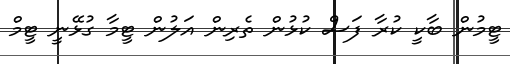
ޓީމުން ބާކީ ކުރާ ފަސް ކުޅުން ތެރިން އަލުން ޓީމާ ގުޅޭނީ ޓީމް